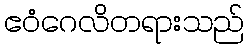
ဧဝံဂေလိတရားသည်